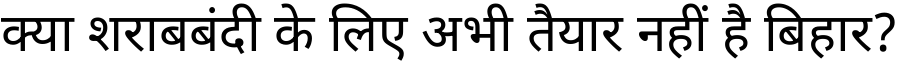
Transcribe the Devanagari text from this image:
क्या शराबबंदी के लिए अभी तैयार नहीं है बिहार?